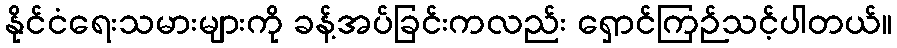
နိုင်ငံရေးသမားများကို ခန့်အပ်ခြင်းကလည်း ရှောင်ကြဉ်သင့်ပါတယ်။